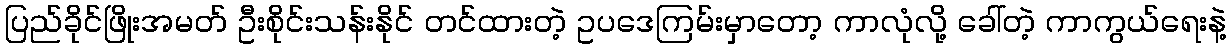
ပြည်ခိုင်ဖြိုးအမတ် ဦးစိုင်းသန်းနိုင် တင်ထားတဲ့ ဥပဒေကြမ်းမှာတော့ ကာလုံလို့ ခေါ်တဲ့ ကာကွယ်ရေးနဲ့